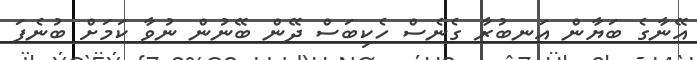
އޭނާގެ ބަޔާން އަނބުރާ ގެނެސް ހެކިބަސް ދޭން ބޭނުން ނުވާ ކަމަށް ބުނެފަ